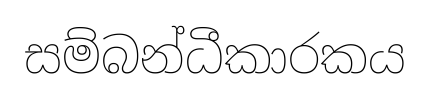
සම්බන්ධීකාරකය